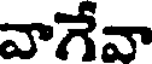
వాగేవా